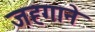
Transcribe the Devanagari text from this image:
जह्गाने